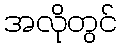
အလိုတွင်